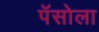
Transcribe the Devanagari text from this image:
पॅसोला